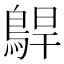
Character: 𱈫